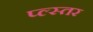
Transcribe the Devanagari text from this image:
प्ल्स्तर